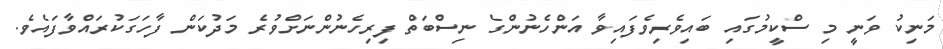
މަނިކު ވަނީ މި ސްކީމުގައި ބައިވެރިވެފައިވާ އަންހެނުންގެ ނިސްބަތް ފިރިހެނުންނަށްވުރެ މަދުކަން ފާހަގަކުރައްވާފައެވެ.